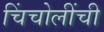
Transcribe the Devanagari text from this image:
चिंचोलींची